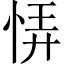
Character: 𢙱